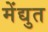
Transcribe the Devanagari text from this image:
मेंद्युत